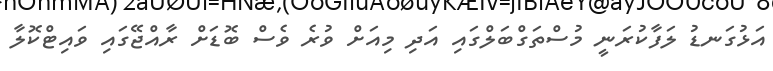
އަޅުގަނޑު ލަފާކުރަނީ މުސްތަގްބަލްގައި އަދި މިއަށް ވުރެ ވެސް ބޮޑަށް ރާއްޖޭގައި ވައިޓްކޮލާ